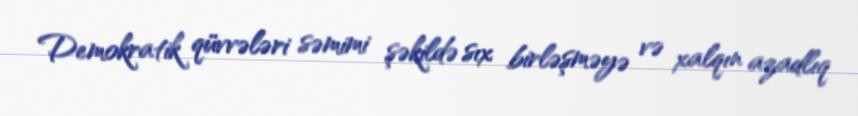
Demokratik qüvvələri səmimi şəkildə sıx birləşməyə və xalqın azadlıq